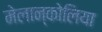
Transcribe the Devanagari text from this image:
मेलान्कोलिया